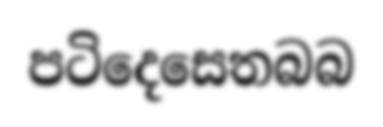
පටිදෙසෙතබබ